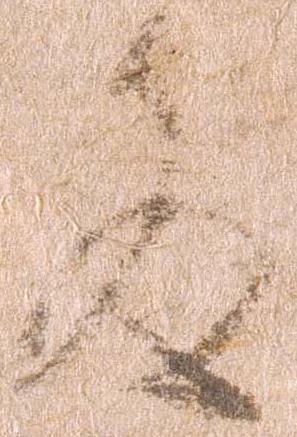
殿